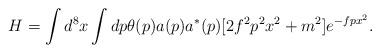
LaTeX: \begin{align*}H = \int d^8x\int dp\theta(p)a(p)a^*(p)[ 2f^2p^2x^2 +m^2]e^{-fpx^2}.\end{align*}